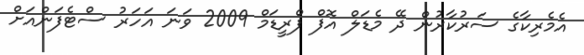
އެމެރިކާގެ ސަރުކާރުން ދޭ މެޑަލް އޮފް ފްރީޑަމް 2009 ވަނަ އަހަރު ސްޓެފަންއަށް